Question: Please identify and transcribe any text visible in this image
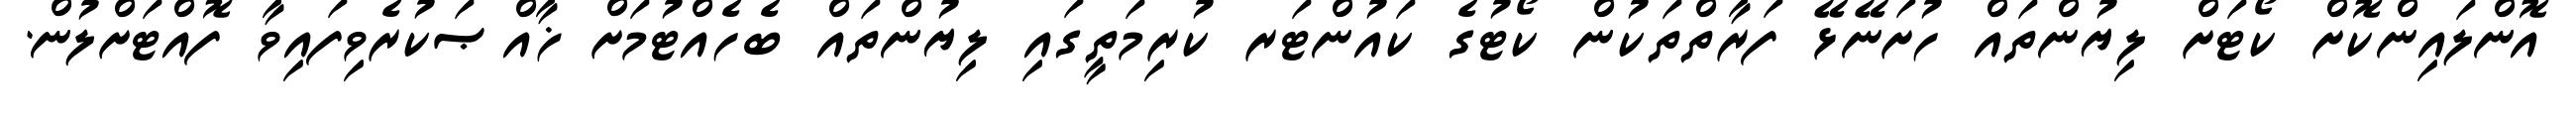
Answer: އޮންލައިންކޮށް ކޯޓަށް ލިޔުންތައް ހުށަނޭޅޭ ފަރާތްތަކުން ކޯޓުގެ ކައުންޓަރ ކުރިމަތީގައި ލިޔުންތައް ބެހެއްޓުމަށް ޚާއްޞަކުރެވިފައިވާ ފޮއްޓަށްލުން.